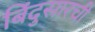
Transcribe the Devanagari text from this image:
बिंदुसारची